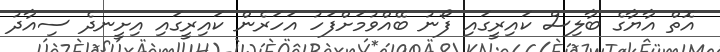
އޮތް އާޔާގެ ބާލިސް ކައިރީގައި ފޯނު ބޭއްވުމަށްފަހު އަހަރެން ކައިރީގައި އިށީނދެ ސިއާދު